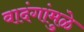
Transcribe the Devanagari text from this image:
वादंगांमुळे